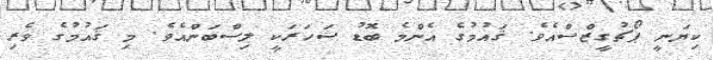
ކިޔަނީ ޕޯޗުގީޒްސްއެވެ. ޤައުމުގެ އެންމެ ބޮޑު ޝަހަރަކީ ލިސްބަންއެވެ. މި ޤައުމުގެ ވެރި